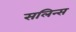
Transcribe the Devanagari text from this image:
सलिन्स